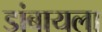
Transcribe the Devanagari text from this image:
डांबायला